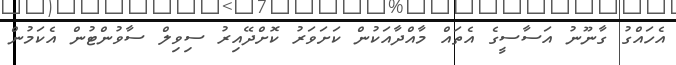
އެހައްގު ގާނޫނު އަސާސީގެ އެތައް މާއްދާއަކުން ކަށަވަރު ކޮށްދޭއިރު ސިވިލް ސާވުންޓުން އެކަމުން